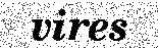
vires